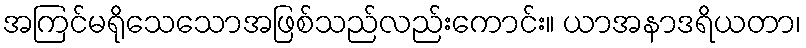
အကြင်မရိုသေသောအဖြစ်သည်လည်းကောင်း။ ယာအနာဒရိယတာ၊